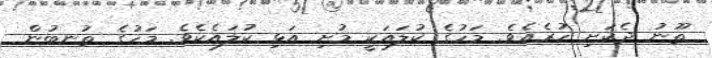
ތޫނު ދެކަށި ހުރެއެވެ. މަހުގެ ކުލައަކީ މުށި އަޅި ކުލައެކެވެ. މަހުގެ ތުނބުން